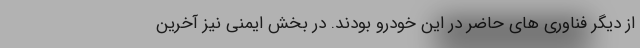
از دیگر فناوری های حاضر در این خودرو بودند. در بخش ایمنی نیز آخرین